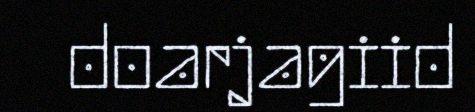
doarjagiid